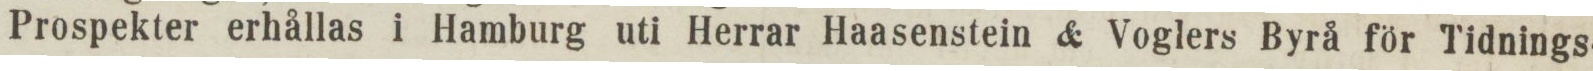
Prospekter erhållas i Hamburg uti Herrar Haasenstein & Voglers Byrå för Tidnings-